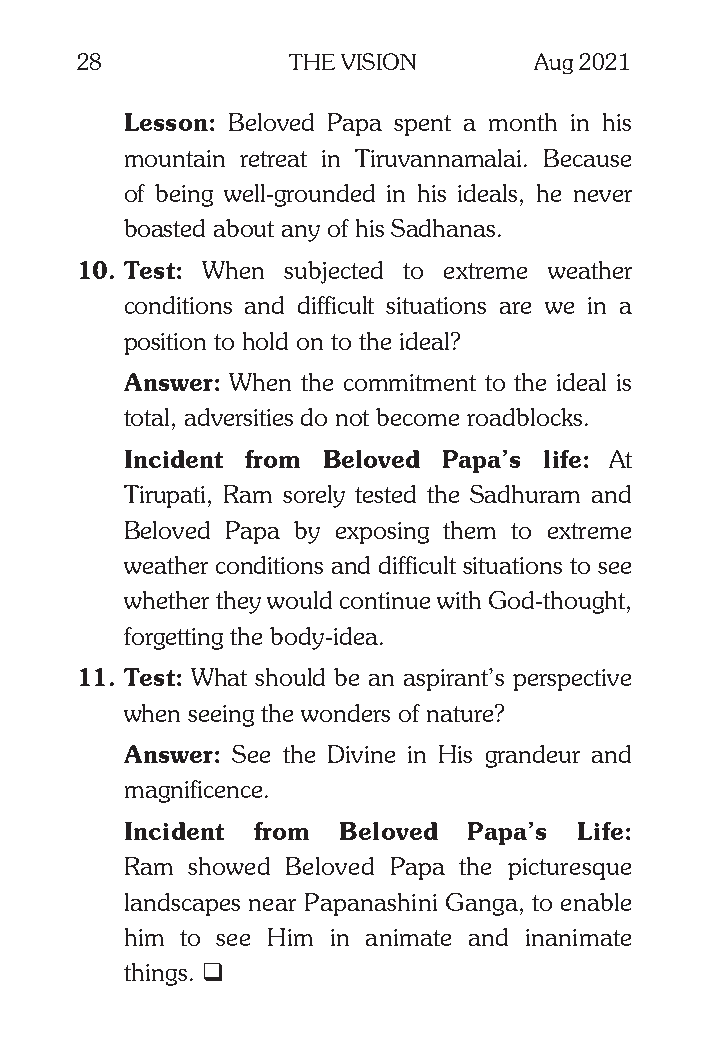
28            THE VISION      Aug 2021
 Lesson: Beloved Papa spent a month in his
 mountain retreat in Tiruvannamalai. Because
 of being well-grounded in his ideals, he never
 boasted about any of his Sadhanas.
 10. Test: When subjected to extreme weather
 conditions and difficult situations are we in a
 position to hold on to the ideal?
 Answer: When the commitment to the ideal is
 total, adversities do not become roadblocks.
 Incident from Beloved Papa’s life: At
 Tirupati, Ram sorely tested the Sadhuram and
 Beloved Papa by exposing them to extreme
 weather conditions and difficult situations to see
 whether they would continue with God-thought,
 forgetting the body-idea.
 11. Test: What should be an aspirant’s perspective
 when seeing the wonders of nature?
 Answer: See the Divine in His grandeur and
 magnificence.
 Incident from Beloved  Papa’s Life:
 Ram  showed Beloved Papa the picturesque
 landscapes near Papanashini Ganga, to enable
 him to see Him in animate and inanimate
 things. q